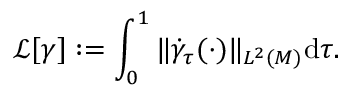
\mathscr { L } [ \gamma ] : = \int _ { 0 } ^ { 1 } \| \dot { \gamma } _ { \tau } ( \cdot ) \| _ { L ^ { 2 } ( M ) } \mathrm { d } \tau .